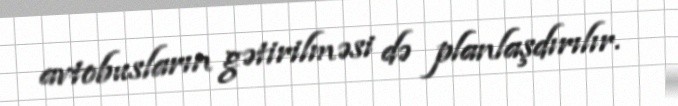
avtobusların gətirilməsi də planlaşdırılır.